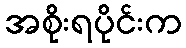
အစိုးရပိုင်းက